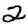
Digit: 2